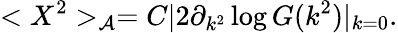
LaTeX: <X^{2}>_{\cal{A}}=C|2\partial_{k^{2}}\log G(k^{2})|_{k=0}.